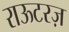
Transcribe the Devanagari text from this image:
राऊटरज़